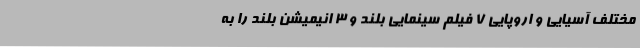
مختلف آسیایی و اروپایی 7 فیلم سینمایی بلند و 3 انیمیشن بلند را به